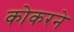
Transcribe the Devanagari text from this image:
कोकरने